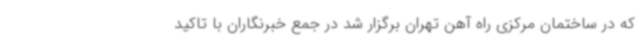
که در ساختمان مرکزی راه آهن تهران برگزار شد در جمع خبرنگاران با تاکید